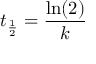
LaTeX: t _ { \frac { 1 } { 2 } } = { \frac { \ln ( 2 ) } { k } }